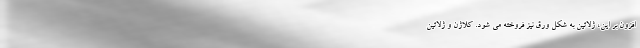
افزون بر این، ژلاتین به شکل ورق نیز فروخته می شود. کلاژن و ژلاتین